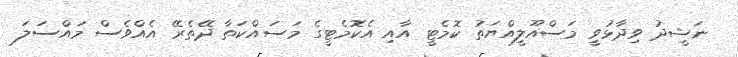
ނަޝީދު ވިދާޅުވީ މަސްއޫލީއްޔަތު ކޮމެޓީ އާއި އެކޮމެޓީގެ މަސައްކަތާ ދޭތެރޭ އެއްވެސް މައްސަލަ